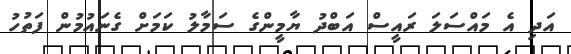
އަދި އެ މައްސަލަ ރައީސް އަބްދު ޔާމީންގެ ސަމާލު ކަމަށް ގެނައުމުން ފަތުހު